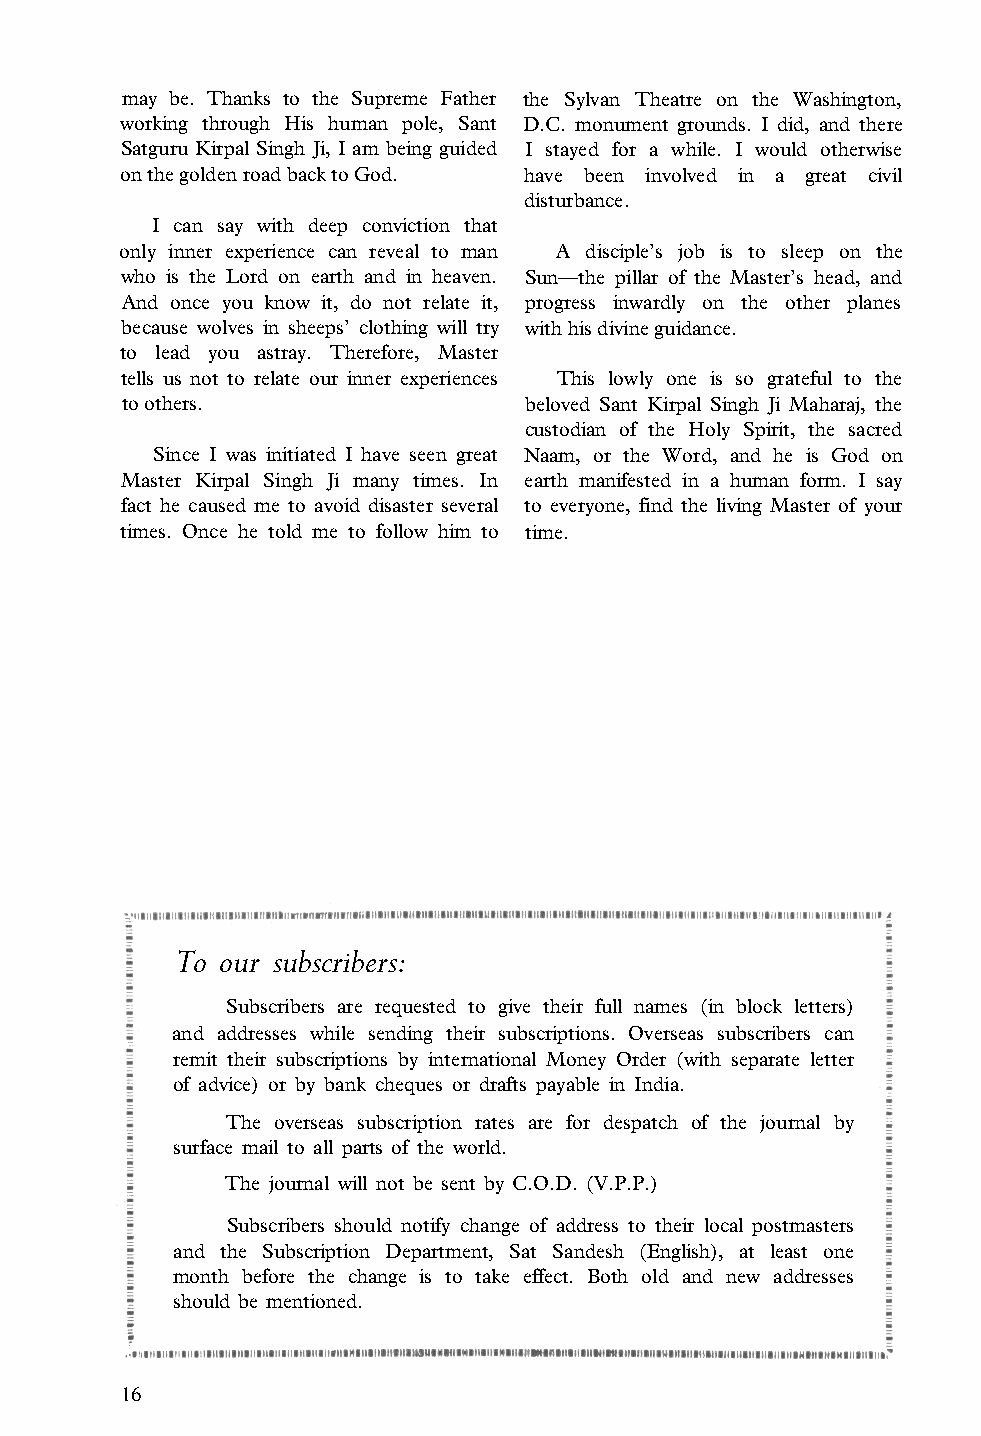
may be. Thanks to the Supreme Father the Sylvan Theatre on the Washington,
 working through His human pole, Sant D.C. monument grounds. I did, and there
 Satguru Kirpal Singh Ji, I am being guided I stayed for a while. I would otherwise
 on the golden road back to God. have been involved in a great civil
 disturbance.
 I can say with deep conviction that
 only inner experience can reveal to man A disciple’s job is to sleep on the
 who is the Lord on earth and in heaven. Sun—the pillar of the Master’s head, and
 And once you know it, do not relate it, progress inwardly on the other planes
 because wolves in sheeps’ clothing will try with his divine guidance.
 to lead you astray. Therefore, Master
 tells us not to relate our inner experiences This lowly one is so grateful to the
 to others.                 beloved Sant Kirpal Singh Ji Maharaj, the
 custodian of the Holy Spirit, the sacred
 Since I was initiated I have seen great Naam, or the Word, and he is God on
 Master Kirpal Singh Ji many times. In earth manifested in a human form. I say
 fact he caused me to avoid disaster several to everyone, find the living Master of your
 times. Once he told me to follow him to time.
 To our subscribers:
 Subscribers are requested to give their full names (in block letters)
 and addresses while sending their subscriptions. Overseas subscribers can
 remit their subscriptions by international Money Order (with separate letter
 of advice) or by bank cheques or drafts payable in India.
 The overseas subscription rates are for despatch of the journal by
 surface mail to all parts of the world.
 The journal will not be sent by C.O.D. (V.P.P.)
 Subscribers should notify change of address to their local postmasters
 and the Subscription Department, Sat Sandesh (English), at least one
 month before the change is to take effect. Both old and new addresses
 should be mentioned.
 16